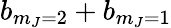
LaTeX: b_{m_{J}=2}+b_{m_{J}=1}